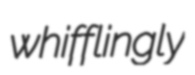
whifflingly